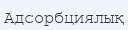
Адсорбциялық